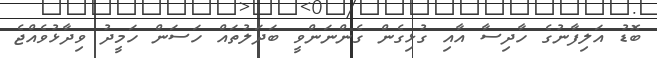
ބޮޑު އަލިފާނުގެ ހާދިސާ އާއި ގުޅިގެން ގެންނަންވީ ބަދަލުތައް ހަސަން ހަމީދު ވިދާޅުވެއްޖެ